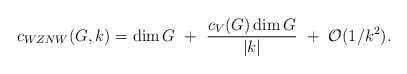
\begin{align*}c_{WZNW}(G,k)=\dim G~+~{c_V(G)\dim G\over |k|}~+~{\cal O}(1/k^2).\end{align*}